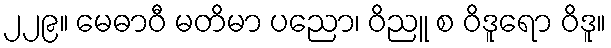
၂၂၉။ မေဓာဝီ မတိမာ ပညော၊ ဝိညူ စ ဝိဒူရော ဝိဒူ။